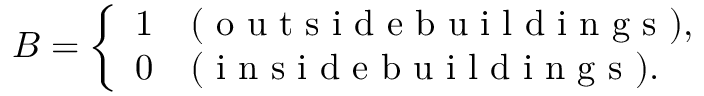
B = \left\{ \begin{array} { l l } { 1 } & { ( \mathrm { ~ o ~ u ~ t ~ s ~ i ~ d ~ e ~ b ~ u ~ i ~ l ~ d ~ i ~ n ~ g ~ s ~ } ) , } \\ { 0 } & { ( \mathrm { ~ i ~ n ~ s ~ i ~ d ~ e ~ b ~ u ~ i ~ l ~ d ~ i ~ n ~ g ~ s ~ } ) . } \end{array} \right.